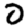
Digit: 0